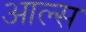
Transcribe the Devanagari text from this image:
आल्स